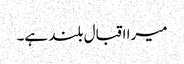
میرا اقبال بلند ہے۔